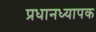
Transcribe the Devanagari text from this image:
प्रधानध्यापक